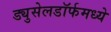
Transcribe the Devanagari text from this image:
ड्युसेलडॉर्फमध्ये